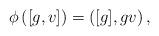
LaTeX: \begin{align*}\phi\left([g, v]\right)=\left([g], gv\right), \end{align*}